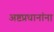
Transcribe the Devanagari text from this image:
अष्टप्रधानांना